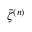
\bar { \zeta } ^ { ( n ) }